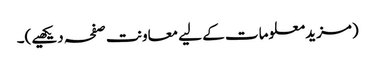
(مزید معلومات کے لیے معاونت صفحہ دیکھیے)۔